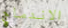
الاندماج